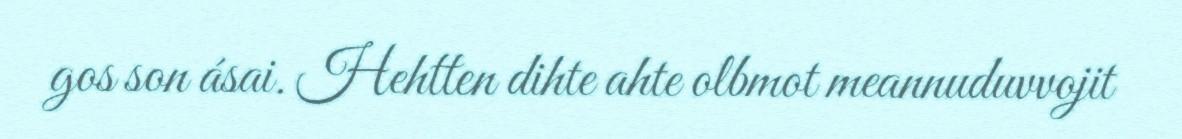
gos son ásai. Hehtten dihte ahte olbmot meannuduvvojit